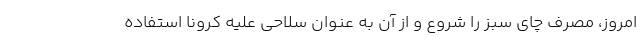
امروز، مصرف چای سبز را شروع و از آن به عنوان سلاحی علیه کرونا استفاده